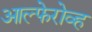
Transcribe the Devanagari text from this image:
आल्फेरोव्ह